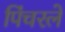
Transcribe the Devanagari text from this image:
पिंचरले